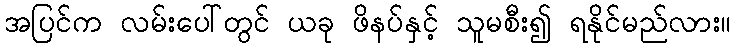
အပြင်က လမ်းပေါ်တွင် ယခု ဖိနပ်နှင့် သူမစီး၍ ရနိုင်မည်လား။